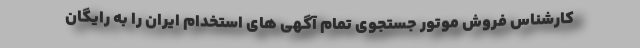
کارشناس فروش موتور جستجوی تمام آگهی های استخدام ایران را به رایگان